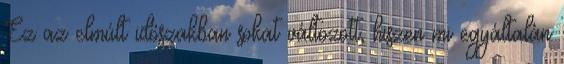
Ez az elmúlt időszakban sokat változott, hiszen mi egyáltalán